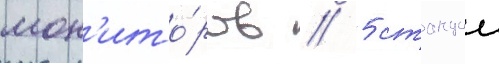
мон'ито́ров / 5 станции